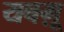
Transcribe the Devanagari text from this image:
यबग़ू